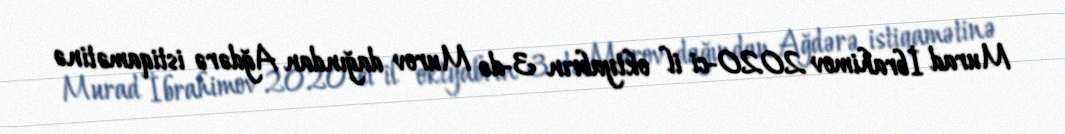
Murad İbrahimov 2020-ci il oktyabrın 3-də Murov dağından Ağdərə istiqamətinə